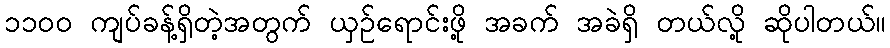
၁၁၀၀ ကျပ်ခန့်ရှိတဲ့အတွက် ယှဉ်ရောင်းဖို့ အခက် အခဲရှိ တယ်လို့ ဆိုပါတယ်။